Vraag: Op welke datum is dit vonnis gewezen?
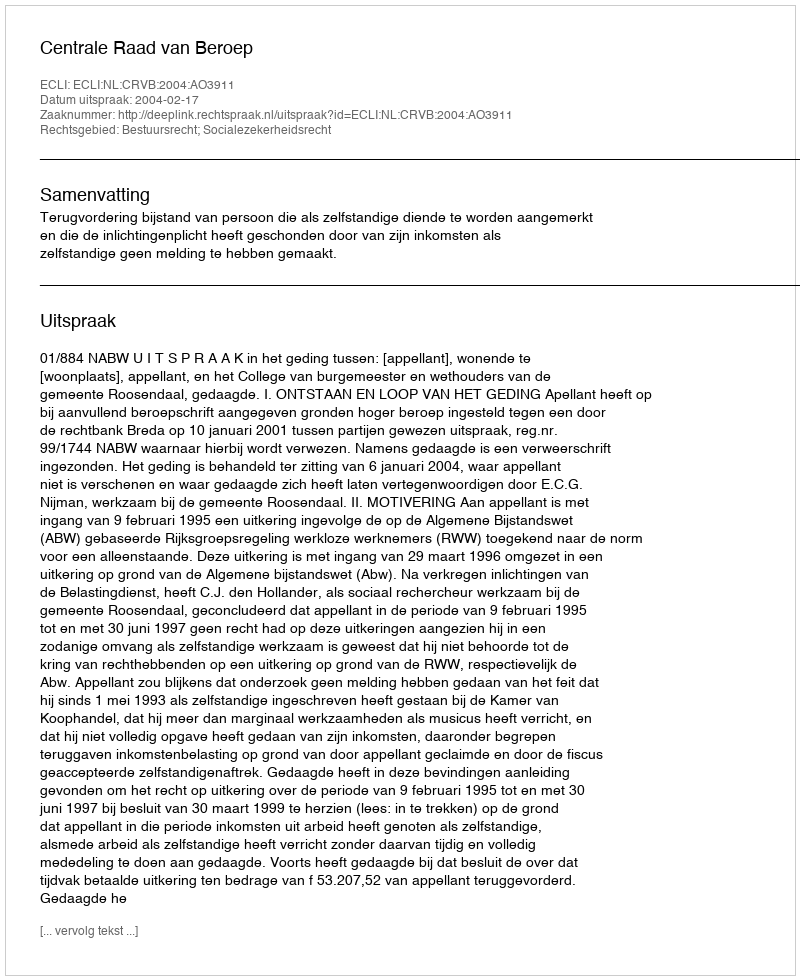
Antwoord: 2004-02-17